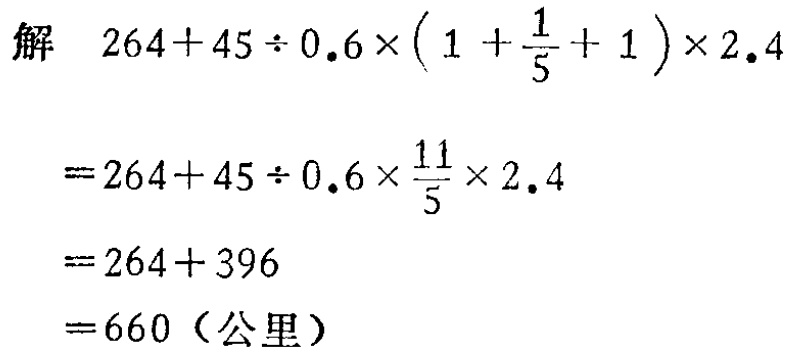
\[

\begin{align*}

&解\quad264 + 45\div0.6\times(1+\frac{1}{5}+1)\times2.4\\

&=264 + 45\div0.6\times\frac{11}{5}\times2.4\\

&=264 + 396\\

&=660（公里）

\end{align*}

\]